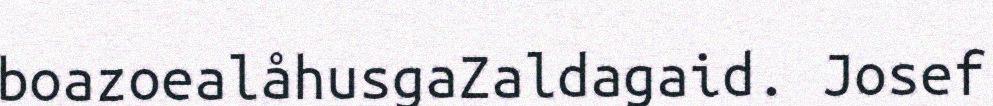
boazoealåhusgaZaldagaid. Josef